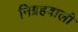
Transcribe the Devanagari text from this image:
निग्रहवाली